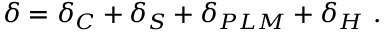
\delta = \delta _ { C } + \delta _ { S } + \delta _ { P L M } + \delta _ { H } \ .